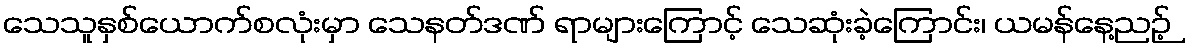
သေသူနှစ်ယောက်စလုံးမှာ သေနတ်ဒဏ် ရာများကြောင့် သေဆုံးခဲ့ကြောင်း၊ ယမန်နေ့ညဉ့်